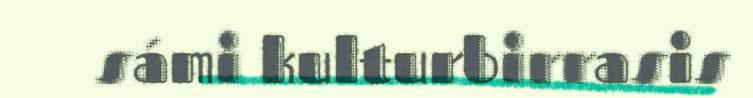
sámi kulturbirrasis